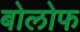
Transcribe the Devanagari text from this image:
बोलोफ